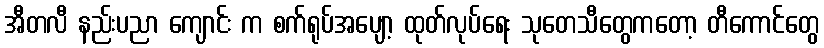
အီတလီ နည်းပညာ ကျောင်း က စက်ရုပ်အပျော့ ထုတ်လုပ်ရေး သုတေသီတွေကတော့ တီကောင်တွေ